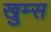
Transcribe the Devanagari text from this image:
खुम्स